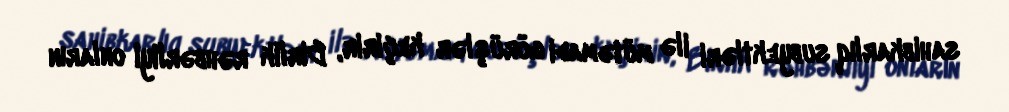
sahibkarlıq subyektləri ilə mütəmadi görüşlər keçirir, Birlik rəhbərliyi onların